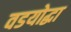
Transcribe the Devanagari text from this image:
वडयोद्धा